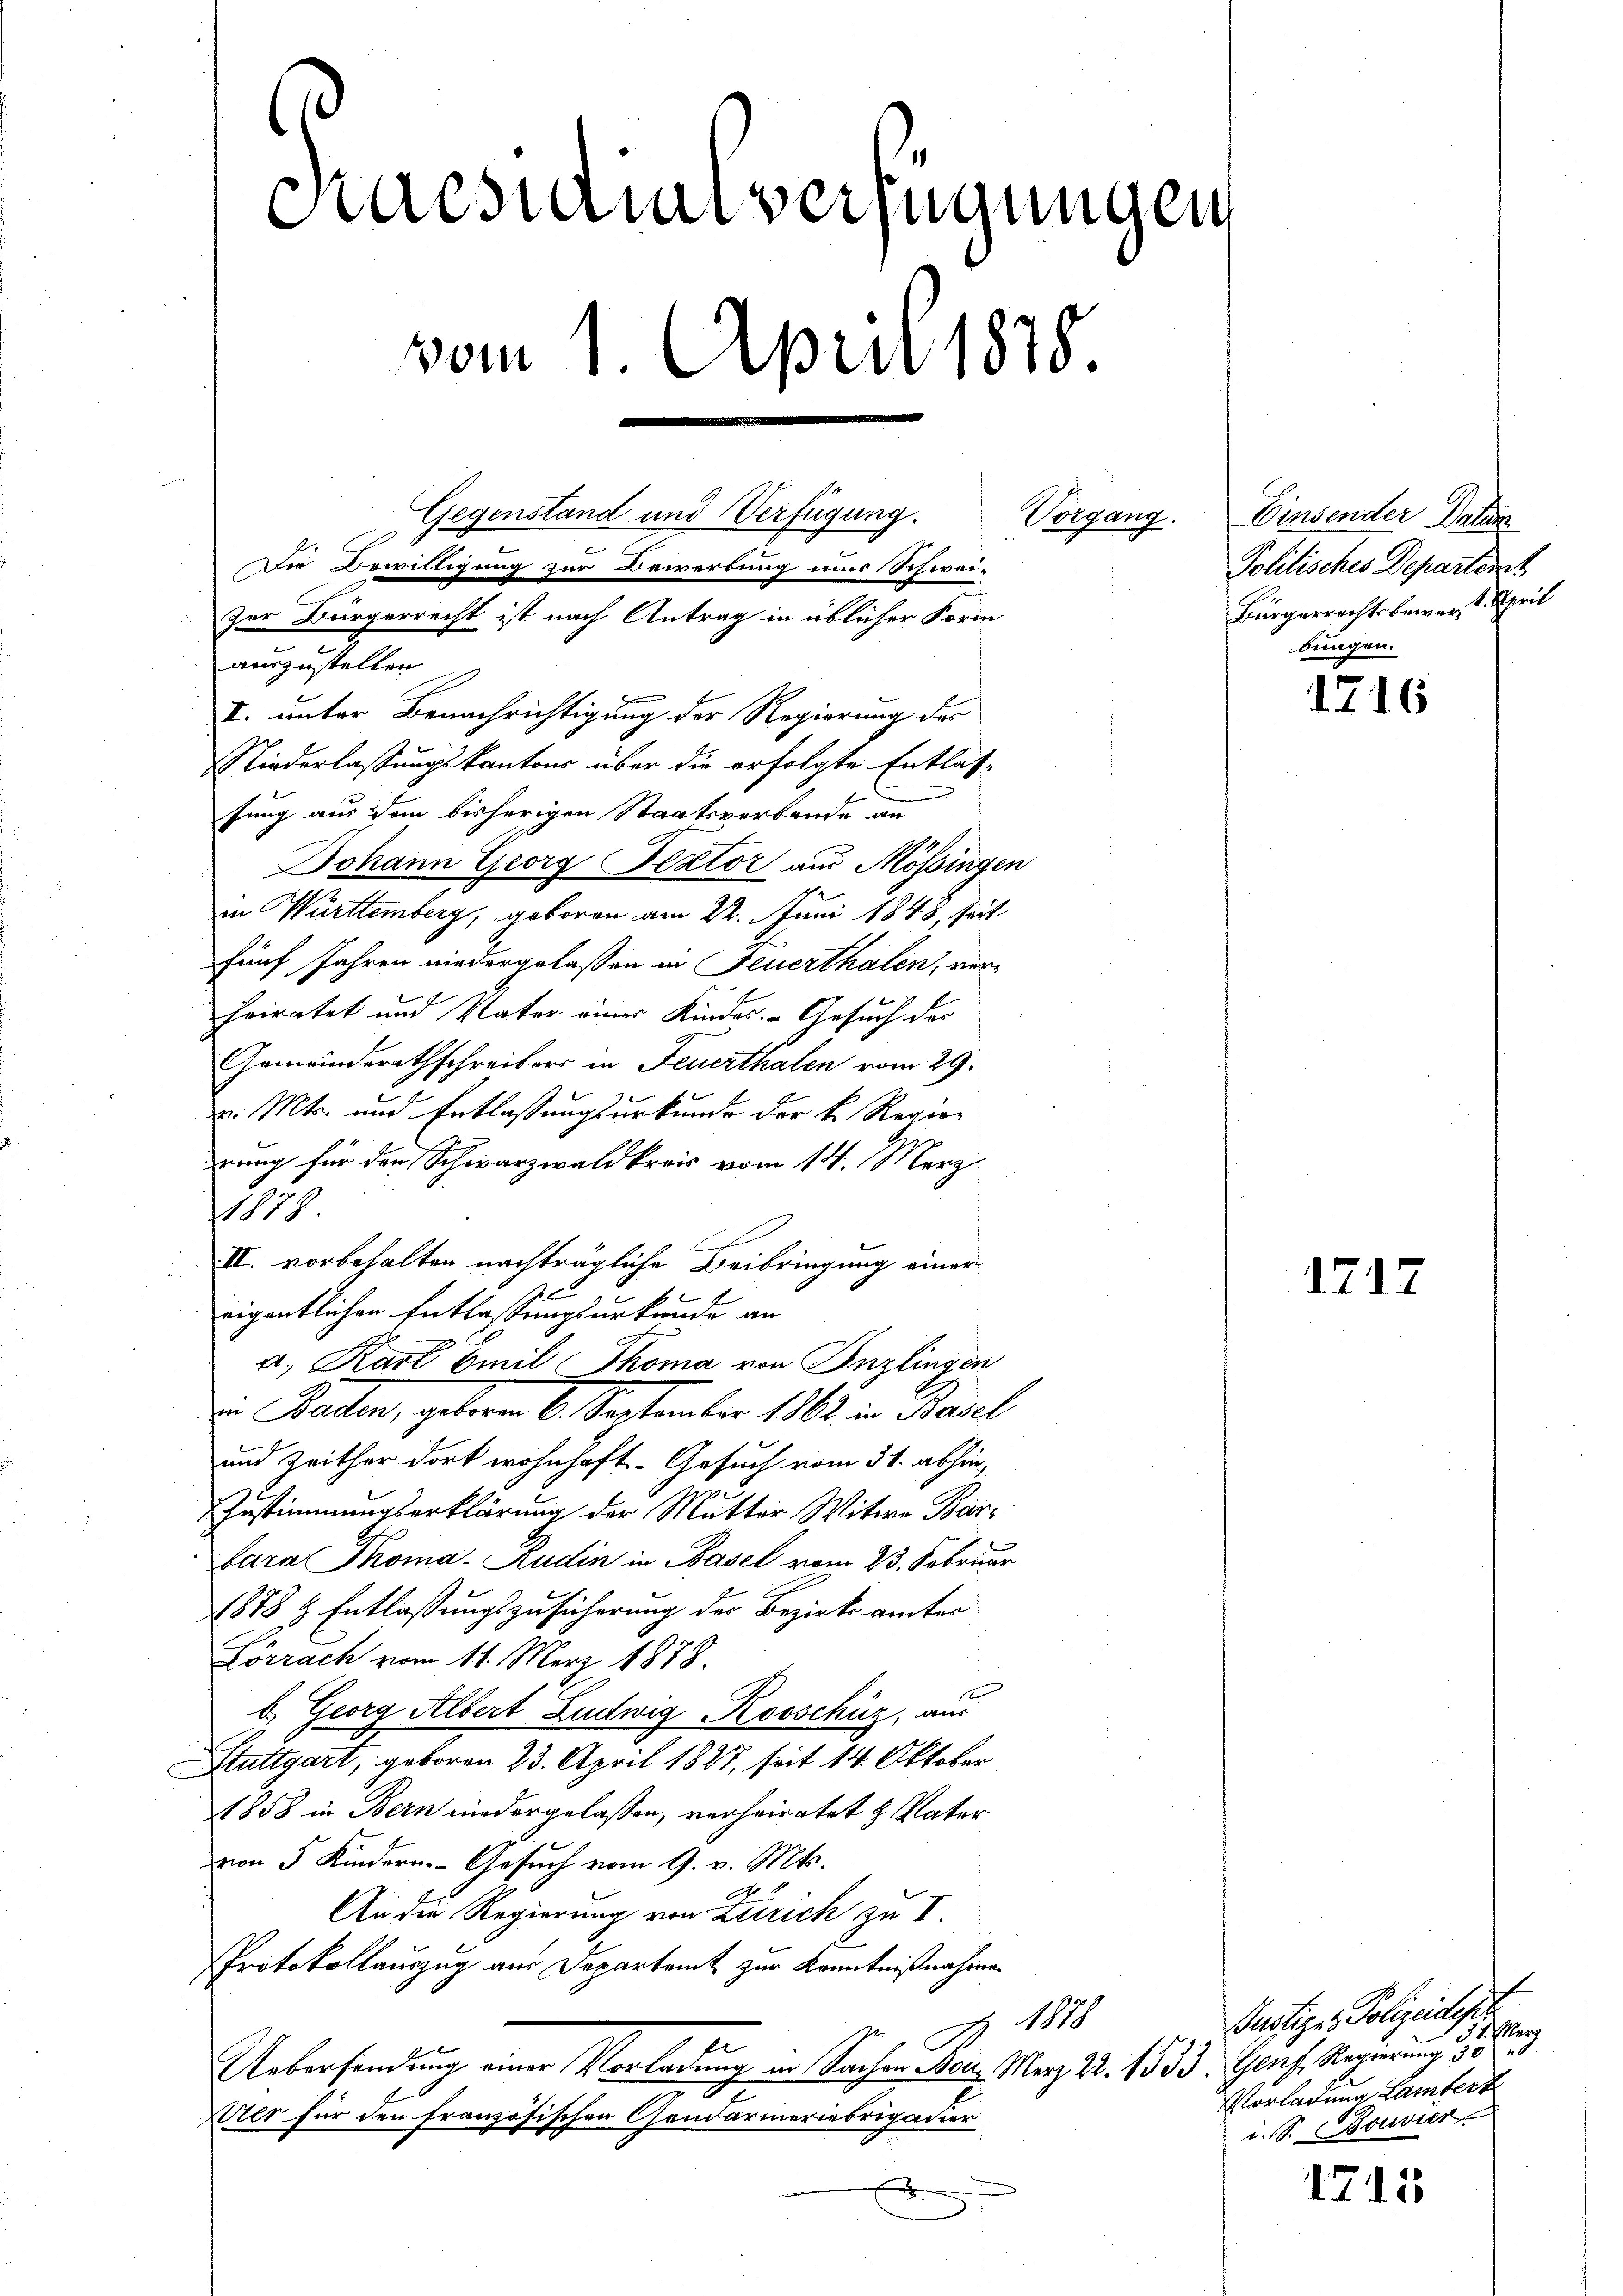
caesamtverfügungen
vom 1. April 1878.
Gegenstand und Verfügung.
Die Bewilligung zur Bewerbung nun Schwei¬
Zur Bürgerrecht ist nach Antrag in üblicher Form
auszustellen

sung aus dem bisherigen Staatsverbande an
Johann Georg Rector aus Mössingen
in Württemberg, geboren am 22. Juni 1848, seit
fünf Jahren niedergelassen in Feuerthalen, ver¬
Friratet und Vater einer Kindes Gesuch der
Gemeinderathschreibers in Feuerthalen vom 29.
. Mts. und Entlassungsurkunde der k. Regierung für den Schwarzwaldkreis vom 14. März
1878
F
II. vorbehalten nachträgliche Beibringung einer
eigentlichen Entlassungsurkunde an
E
a. Karl Emil Thoma von Inzlingen
Die Parten, geben 6. September 1862 in Basel
und Zeither dort wohnhaft- Gesuch vom 31. abhin,
Zustimmungserklärung der Mutter Witwe Bar¬
Sara Thoma-Rudin in Basel vom 23. Februar
1878 & Entlassungszusicherung der Bezirksämter
Lörrach vom 11. März 1878.
b. Georg Albert Ludwig Rooschüz, aus
Stuttgart, geboren 23. April 1827, seit 14. Oktober
1858 in Bern niedergelassen, verheiratet & Vater
von 5 Kindern. Gesuch vom 9. v. Mts.
An die Regierung von Zürich zu I.
Protokollauszug aus Departamt zur Kenntnißnahme
1887
u
Uebersendung einer Vorladung in Sachen Bon Merz 22. 1533. Genf, Regierung 50
ter für den französischen Gendarmeriebrigatior

II. unter Benachrichtigung der Regierung des
Niederlassungskantons über die erfolgte Entlas¬

Vorgang. Einsender Datum
Politisches Departemt
Bürgerrechts bewert. April
bungen.

116

1717

Justiger Polizeideser
Marg
Vorladung Lambert
i. S. Bouvier

1715